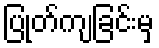
ပြုတ်ကျခြင်းမှ